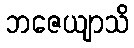
ဘဇေယျာသိ